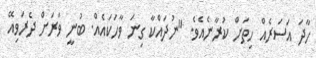
ހާދަ އަސަރެއް ހިތަށް ކުރާނެއެވެ. "ނުދައްކާ ގިނަ ވާހަކައެއް. ބުނީ ވަރަށް ދެރަވިއޭ